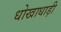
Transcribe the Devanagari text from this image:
धोखाधाड़ी